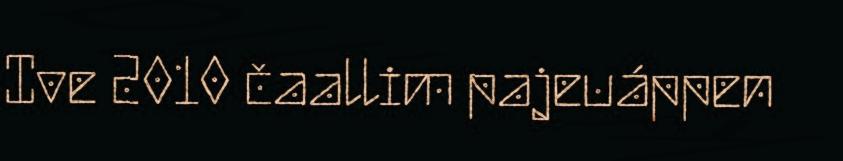
Ive 2010 čaallim pajeuáppen